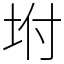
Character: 坿